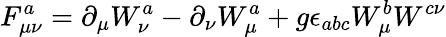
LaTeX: F_{\mu\nu}^{a}=\partial_{\mu}W_{\nu}^{a}-\partial_{\nu}W_{\mu}^{a}+g\epsilon_{abc}W_{\mu}^{b}W^{c\nu}